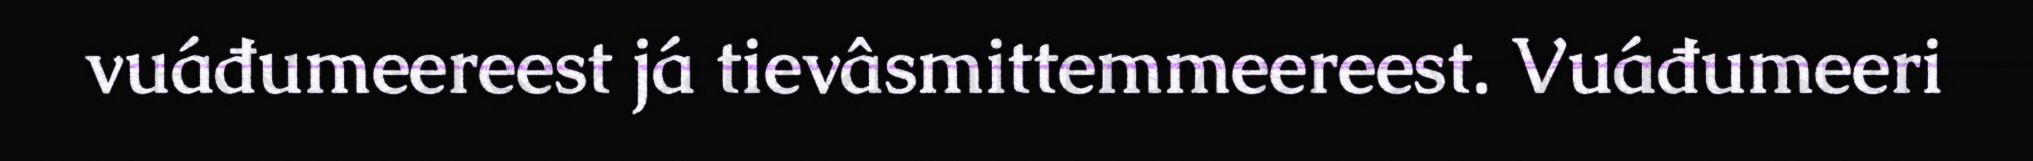
vuáđumeereest já tievâsmittemmeereest. Vuáđumeeri